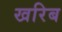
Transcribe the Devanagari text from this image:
खरिब